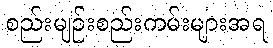
စည်းမျဉ်းစည်းကမ်းများအရ